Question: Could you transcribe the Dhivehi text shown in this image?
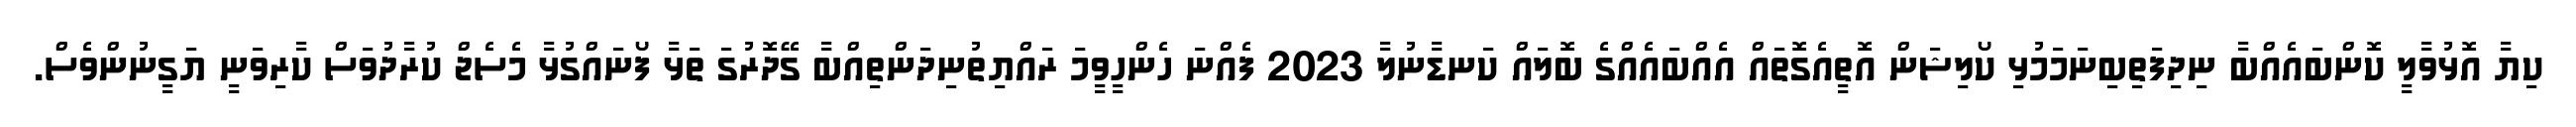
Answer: ކިޔާ އޮޅުވާލީ ކޮންބައެއްބާ ނިދިފަތިބިނަމަމުޅި ކޯލިޝަން އޮތީއެގޮތައް އެއްބައެއްގެ ބޮލައް ކަނޑާނުލާ 2023 ފެއްނަ ހެންހީވީމަ ރައްޔިތުނިދަންތިއްބާ ގޭދޮރުގަ ތަޅާ ފޯނައްގުޅާ މެސެޖް ކުރާދުވަސް ކާރިވަނީ ޔަގީނުންވެސް.